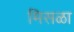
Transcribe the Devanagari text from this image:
मिसळा